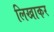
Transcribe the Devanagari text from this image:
लिखाकर